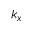
k _ { x }